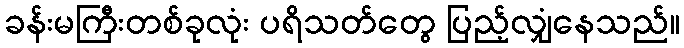
ခန်းမကြီးတစ်ခုလုံး ပရိသတ်တွေ ပြည့်လျှံနေသည်။